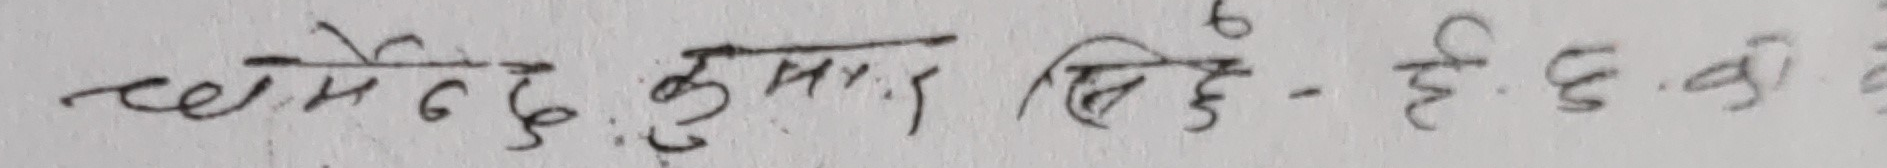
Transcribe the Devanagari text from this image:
चमेन्द्र कुमार सिंह - ई.छ. का के